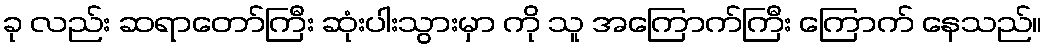
ခု လည်း ဆရာတော်ကြီး ဆုံးပါးသွားမှာ ကို သူ အကြောက်ကြီး ကြောက် နေသည်။